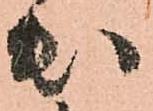
出